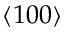
\langle 1 0 0 \rangle